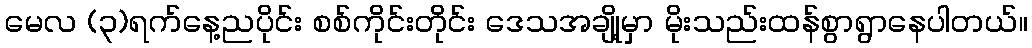
မေလ (၃)ရက်နေ့ညပိုင်း စစ်ကိုင်းတိုင်း ဒေသအချို့မှာ မိုးသည်းထန်စွာရွာနေပါတယ်။